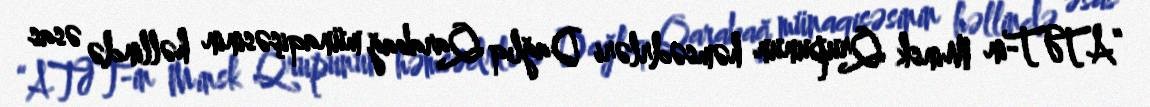
“ATƏT-in Minsk Qrupunun həmsədrləri Dağlıq Qarabağ münaqişəsinin həllində əsas